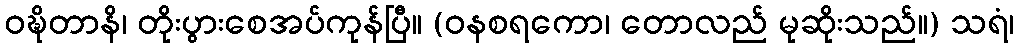
ဝဍ္ဎိတာနိ၊ တိုးပွားစေအပ်ကုန်ပြီ။ (ဝနစရကော၊ တောလည် မုဆိုးသည်။) သရံ၊